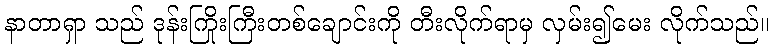
နာတာရှာ သည် ဒုန်းကြိုးကြီးတစ်ချောင်းကို တီးလိုက်ရာမှ လှမ်း၍မေး လိုက်သည်။